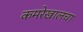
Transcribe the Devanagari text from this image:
कमरेखालचा